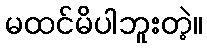
မထင်မိပါဘူးတဲ့။